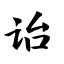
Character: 诒